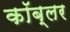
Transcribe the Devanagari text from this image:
कॉब्लर